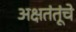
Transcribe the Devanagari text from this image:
अक्षतंतूंचे